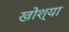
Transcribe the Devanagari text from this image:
खोश्या